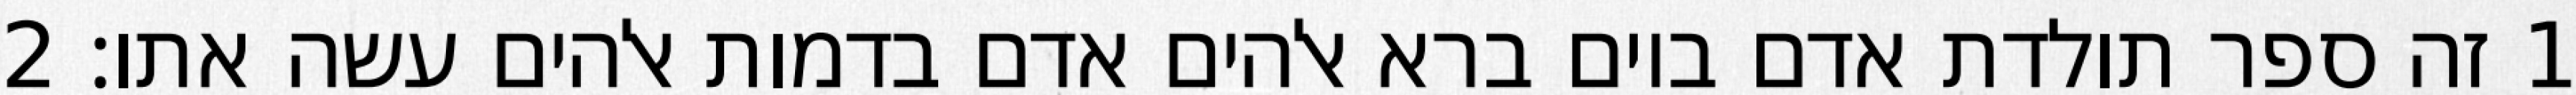
1 זה ספר תולדת אדם ביום ברא אלהים אדם בדמות אלהים עשה אתו׃ ‎2‏